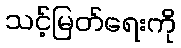
သင့်မြတ်ရေးကို